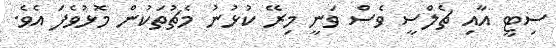
ސިޓީ އާއި ޗެލްސީ ވެސް ވަނީ މިރޭ ކުޅުނު މެޗުތަކުން މޮޅުވެފަ އެވެ.